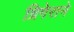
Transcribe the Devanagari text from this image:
ग्रिगेराने